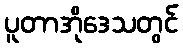
ပူတာအိုဒေသတွင်